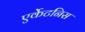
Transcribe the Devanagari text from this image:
एर्केटनिस